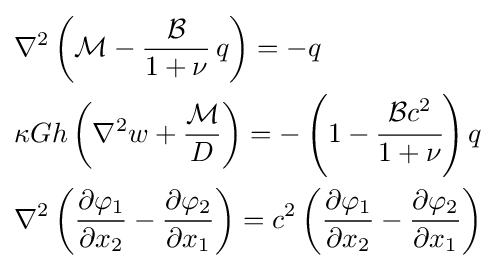
{\begin{aligned}&\nabla ^{2}\left({\mathcal {M}}-{\frac {\mathcal {B}}{1+\nu }}\,q\right)=-q\\&\kappa Gh\left(\nabla ^{2}w+{\frac {\mathcal {M}}{D}}\right)=-\left(1-{\cfrac {{\mathcal {B}}c^{2}}{1+\nu }}\right)q\\&\nabla ^{2}\left({\frac {\partial \varphi _{1}}{\partial x_{2}}}-{\frac {\partial \varphi _{2}}{\partial x_{1}}}\right)=c^{2}\left({\frac {\partial \varphi _{1}}{\partial x_{2}}}-{\frac {\partial \varphi _{2}}{\partial x_{1}}}\right)\end{aligned}}